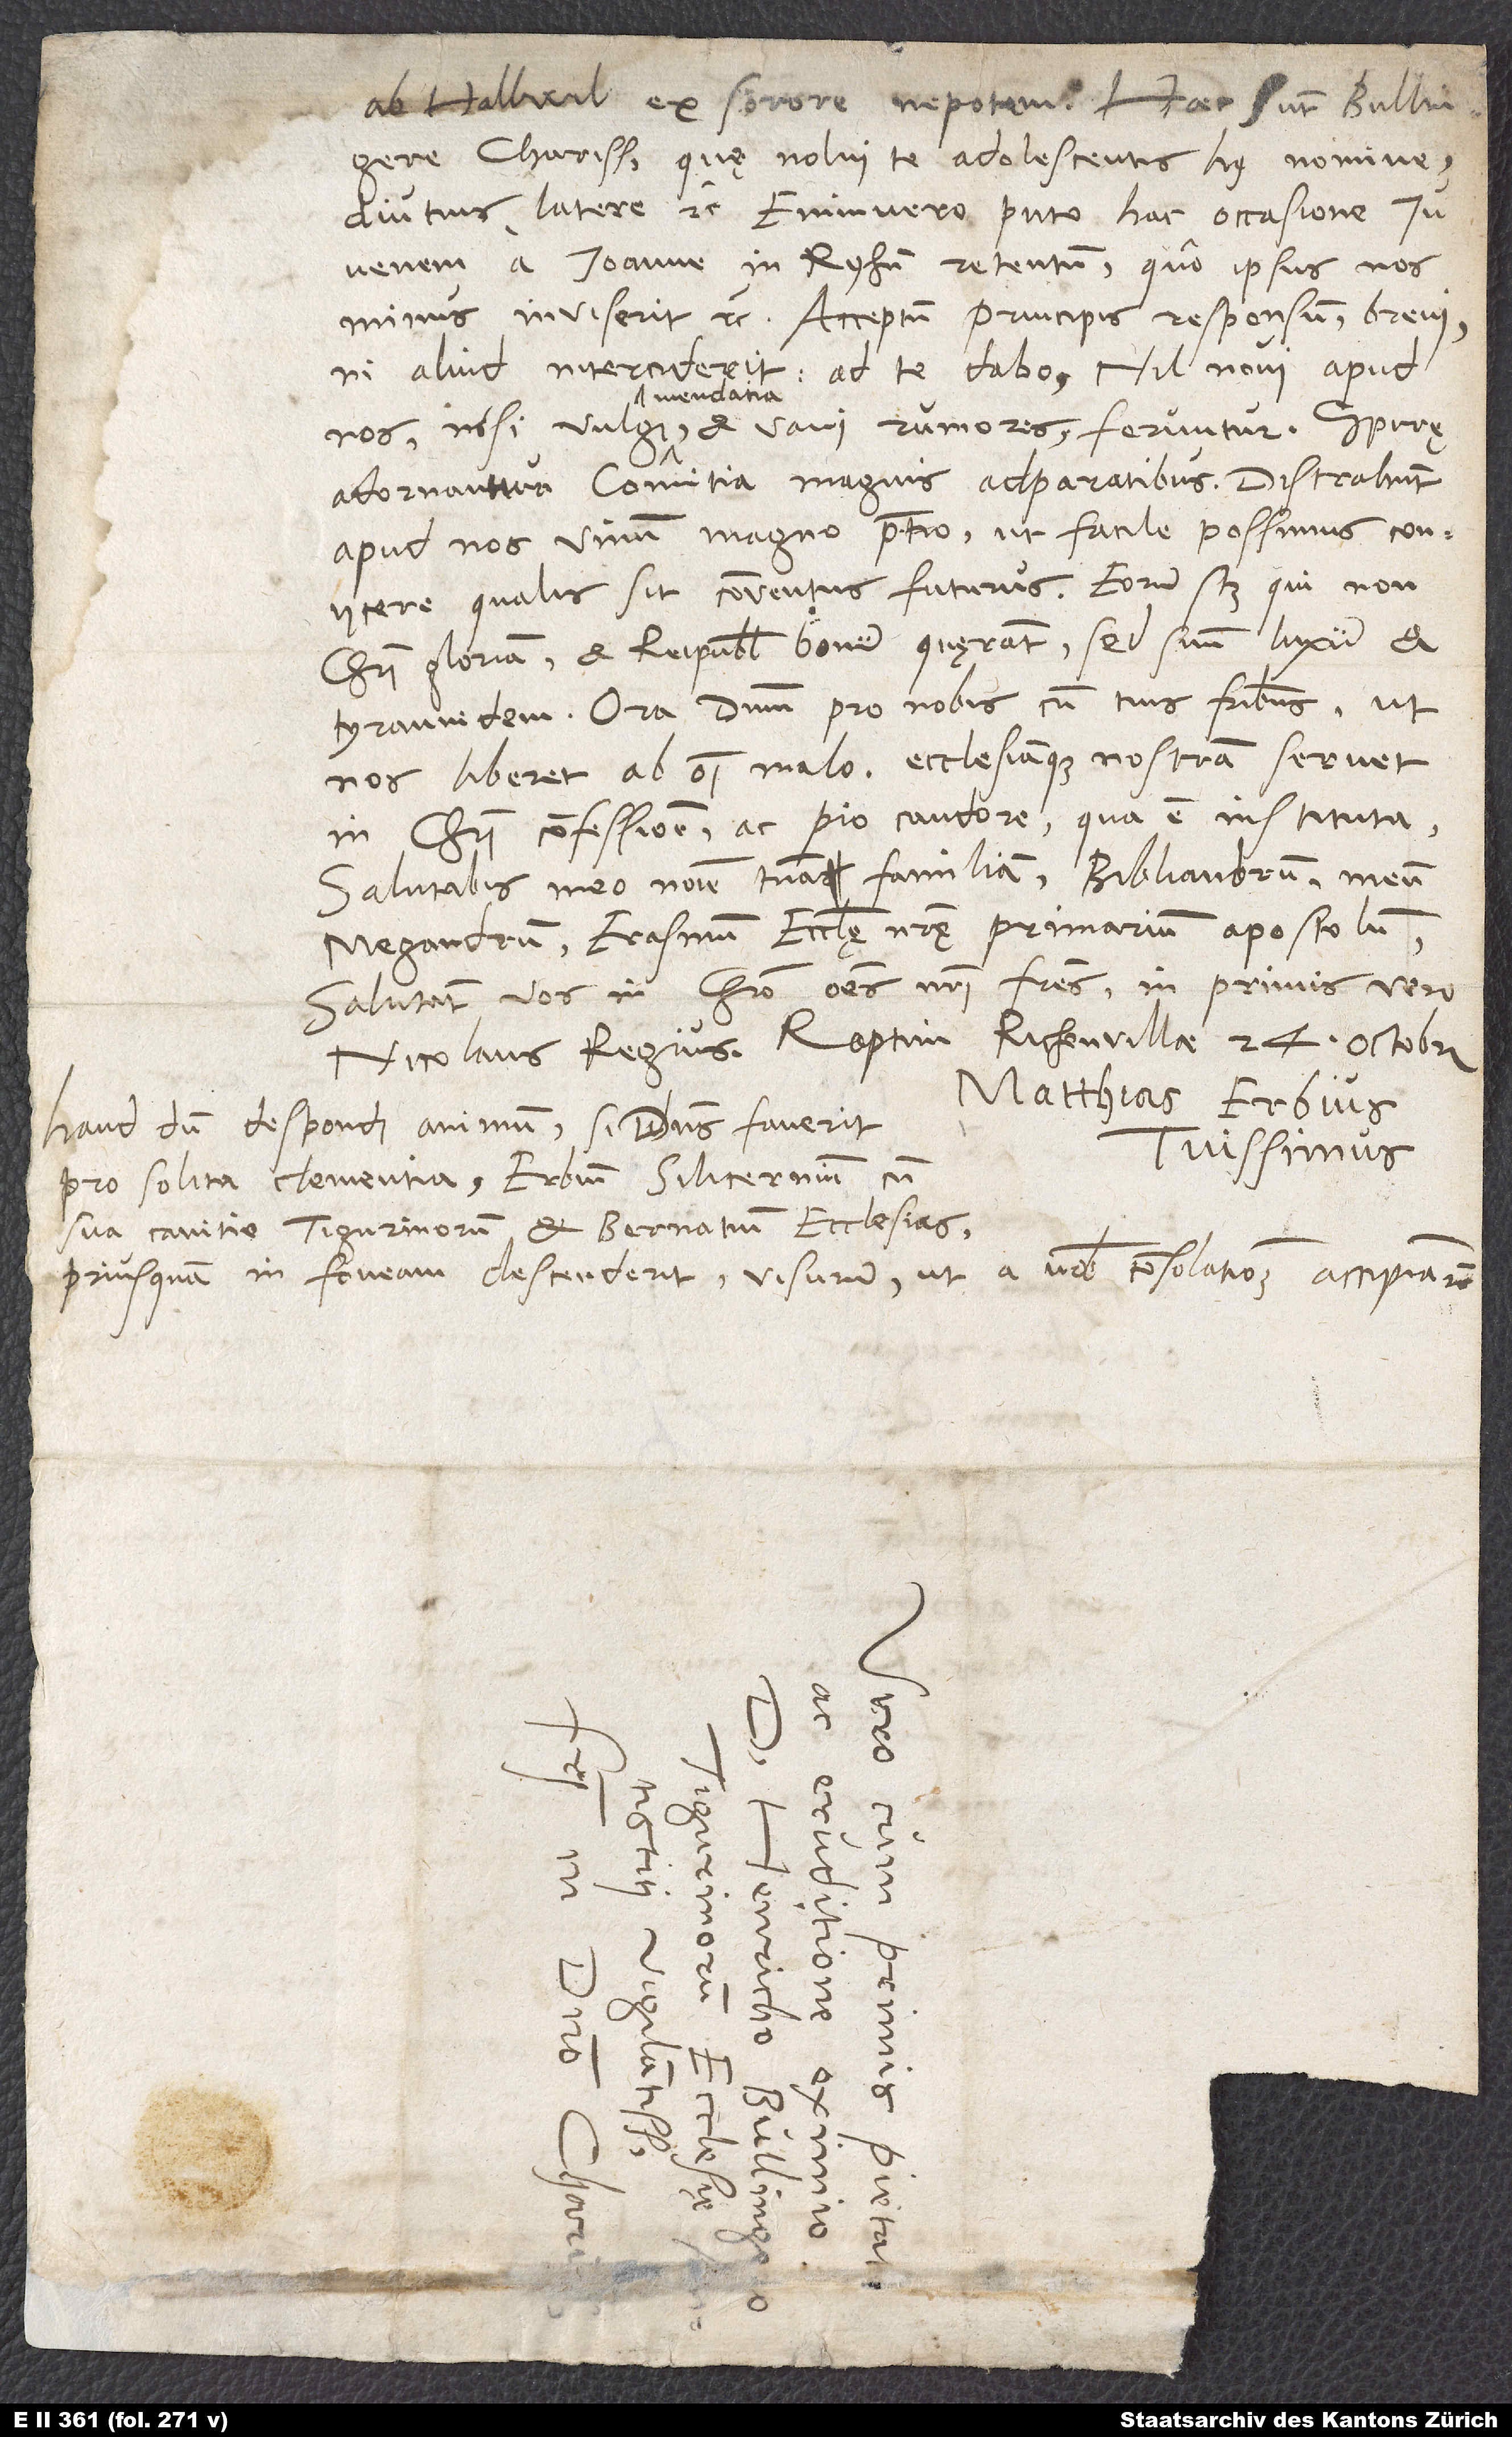
ab Hallwil ex sorore nepotem. Haec sunt, Bullingere
charissime, quę nolui te adolescentis huius nomine
diutius latere etc. Enimvero puto hac occasione
iuvenem a Ioanne in Ryhen retentum, quo ipsus nos
minus inviserit etc. Acceptum principis responsum brevi,
ni aliud interciderit, ad te dabo. Nil novi apud
mendatia
adornantur comitia magnis adparatibus. Distrahunt
apud nos vinum magno pretio, ut facile possimus coniicere,
qualis sit conventus futurus, eorum scilicet, qui non
Christi gloriam et reipublicę bonum quęrant, sed suum luxum et
tyrannidem. Ora dominum pro nobis cum tuis fratribus, ut
nos liberet ab omni malo ecclesiamque nostram servet
in Christi confessione ac pio candore, qua est instituta.
Salutabis meo nomine tuam familiam, Bibliandrum, meum
Megandrum, Erasmum, ecclesię nostrę primarium apostolum.
Salutant vos in Christo omnes nostri fratres, in primis vero
Nicolaus Regius. Raptim, Richenvillae, 24. octobris.
Matthias Erbius
Haud dum despondi animum, si dominus faverit
tuissimus.
pro solita clementia, Erbium silicernium cum
sua canitie Tigurinorum et Bernatium ecclesias,
priusquam in foveam descenderit, visurum, ut a vobis consolationem accipiam
S.
d.
Si